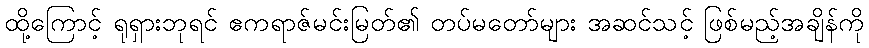
ထို့ကြောင့် ရုရှားဘုရင် ဧကရာဇ်မင်းမြတ်၏ တပ်မတော်များ အဆင်သင့် ဖြစ်မည့်အချိန်ကို